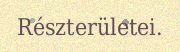
Részterületei.